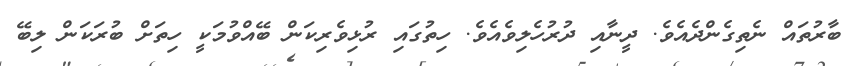
ބާރުތައް ނެތިގެންދެއެވެ. ދީނާއި ދުރުހެލިވެއެވެ. ހިތުގައި ރުޅިވެރިކަން ބޭއްވުމަކީ ހިތަށް ބުރަކަން ލިބޭ